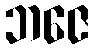
ဘဇေ